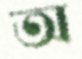
অ